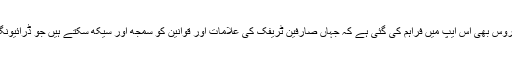
مزید برآں، آن لائن ڈرائیونگ اسکول کی سروس بھی اس ایپ میں فراہم کی گئی ہے کہ جہاں صارفین ٹریفک کی علامات اور قوانین کو سمجھ اور سیکھ سکتے ہیں جو ڈرائیونگ لائسنس کے ٹیسٹ میں پوچھی جاتی ہیں۔